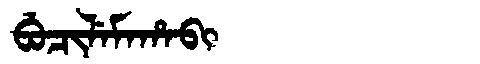
Manchu: ᠪᡠᠴᡳᠯᡝᠮᠠᡥᠠᠪᡳ
Romanization: BUCILEMAHABI